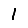
Digit: 1